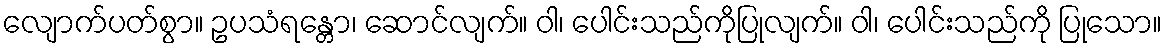
လျောက်ပတ်စွာ။ ဥပသံရန္တော၊ ဆောင်လျက်။ ဝါ၊ ပေါင်းသည်ကိုပြုလျက်။ ဝါ၊ ပေါင်းသည်ကို ပြုသော။